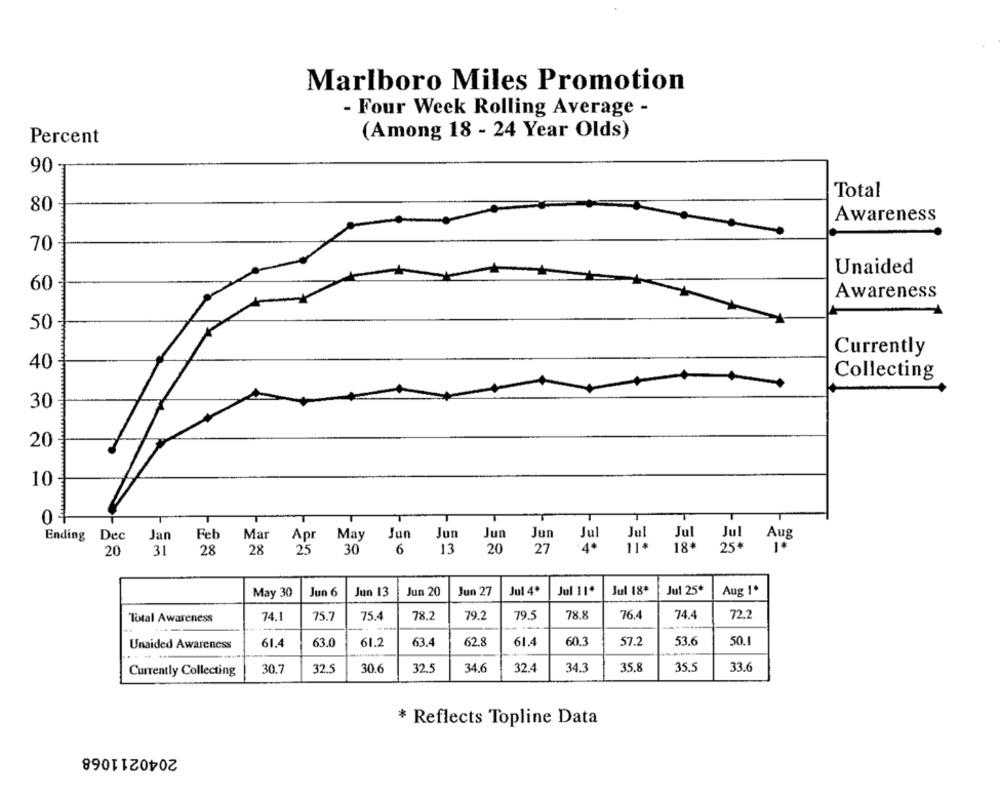
Marlboro Miles Promotion
- Four Week Rolling Average -
(Among 18 - 24 Year Olds)
Percent
90
Total
80
Awareness
70
Unaided
60
Awareness
50
Currently
40
Collecting
30
20
10
0 4
Feb
Mar
May
Jun
Jun
Jun
Jul
Jul
Jul
Aug
Ending Dec
Jan
Apr
Jun
Jul
20
31
28
28
25
30
6
13
20
27
11+
18+
25*
14
Jun 6
Jun 13
Jun 20
Jun 27
Jul 4º
Jul 11*
Jul 18*
Jul 25*
Aug 1º
May 30
75.4
79.2
79.5
78.8
76.4
74.4
72.2
Total Awareness
74.1
75.
78.2
Unaided Awareness
61.4
63.0
61.2
63.4
62.8
61.4
60.3
57.2
53.6
50.1
30.7
32.5
30.6
32.
34.6
32.4
34.3
35,8
35.5
33.6
Currently Collecting
* Reflects Topline Data
2040211068